Annual statistical returns and brief notes on vaccination in Bengal - 1896-1909
Year: 1896
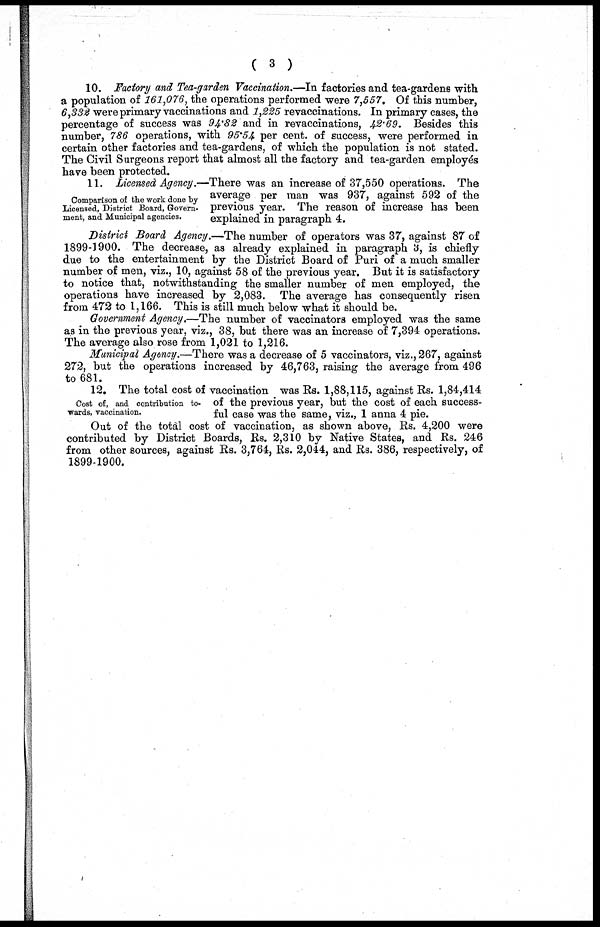
( 3 )
10. Factory and Tea-garden Vaccination.—In factories and tea-gardens with
a population of 161,076, the operations performed were 7,557. Of this number,
6,332 were primary vaccinations and 1,225 revaccinations. In primary cases, the
percentage of success was 94.82 and in revaccinations, 42.69. Besides this
number, 786 operations, with 95.54 per cent. of success, were performed in
certain other factories and tea-gardens, of which the population is not stated.
The Civil Surgeons report that almost all the factory and tea-garden employés
have been protected.
Comparison of the work done by
Licensed, District Board, Govern-
ment, and Municipal agencies.
11. Licensed Agency.—There was an increase of 37,550 operations. The
average per man was 937, against 592 of the
previous year. The reason of increase has been
explained in paragraph 4.
District Board Agency.—The number of operators was 37, against 87 of
1899-1900. The decrease, as already explained in paragraph 3, is chiefly
due to the entertainment by the District Board of Puri of a much smaller
number of men, viz., 10, against 58 of the previous year. But it is satisfactory
to notice that, notwithstanding the smaller number of men employed, the
operations have increased by 2,083. The average has consequently risen
from 472 to 1,166. This is still much below what it should be.
Government Agency.—The number of vaccinators employed was the same
as in the previous year, viz., 38, but there was an increase of 7,394 operations.
The average also rose from 1,021 to 1,216.
Municipal Agency.—There was a decrease of 5 vaccinators, viz., 267, against
272, but the operations increased by 46,763, raising the average from 496
to 681.
Cost of, and contribution to-
wards, vaccination.
12. The total cost of vaccination was Rs. 1,88,115, against Rs. 1,84,414
of the previous year, but the cost of each success-
ful case was the same, viz., 1 anna 4 pie.
Out of the total cost of vaccination, as shown above, Rs. 4,200 were
contributed by District Boards, Rs. 2,310 by Native States, and Rs. 246
from other sources, against Rs. 3,764, Rs. 2,044, and Rs. 386, respectively, of
1899-1900.